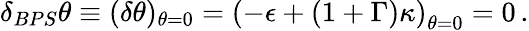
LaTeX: \delta_{BPS}\theta\equiv(\delta\theta)_{\theta=0}=\left(-\epsilon+(1+\Gamma)\kappa\right)_{\theta=0}=0\, .